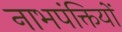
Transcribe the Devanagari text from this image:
नाभपंक्तियों